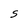
Character: S